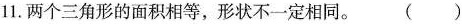
11. 两个三角形的面积相等，形状不一定相同。( )